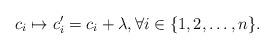
LaTeX: \begin{align*}c_i\mapsto c_i'=c_i+\lambda,\forall i\in\{1,2,\dots,n\}.\end{align*}